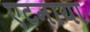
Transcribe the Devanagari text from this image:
एटनाया